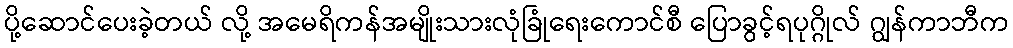
ပို့ဆောင်ပေးခဲ့တယ် လို့ အမေရိကန်အမျိုးသားလုံခြုံရေးကောင်စီ ပြောခွင့်ရပုဂ္ဂိုလ် ဂျွန်ကာဘီက